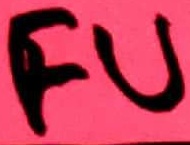
Text: FU